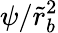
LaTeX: \psi/\tilde{r}_{b}^{2}